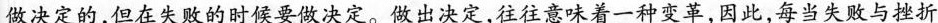
做决定的，但在失败的时候要做决定。做出决定，往往意味着一种变革，因此，每当失败与挫折